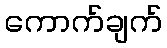
ကောက်ချက်